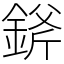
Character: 𨨞